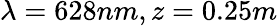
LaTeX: \lambda=628nm,z=0.25m